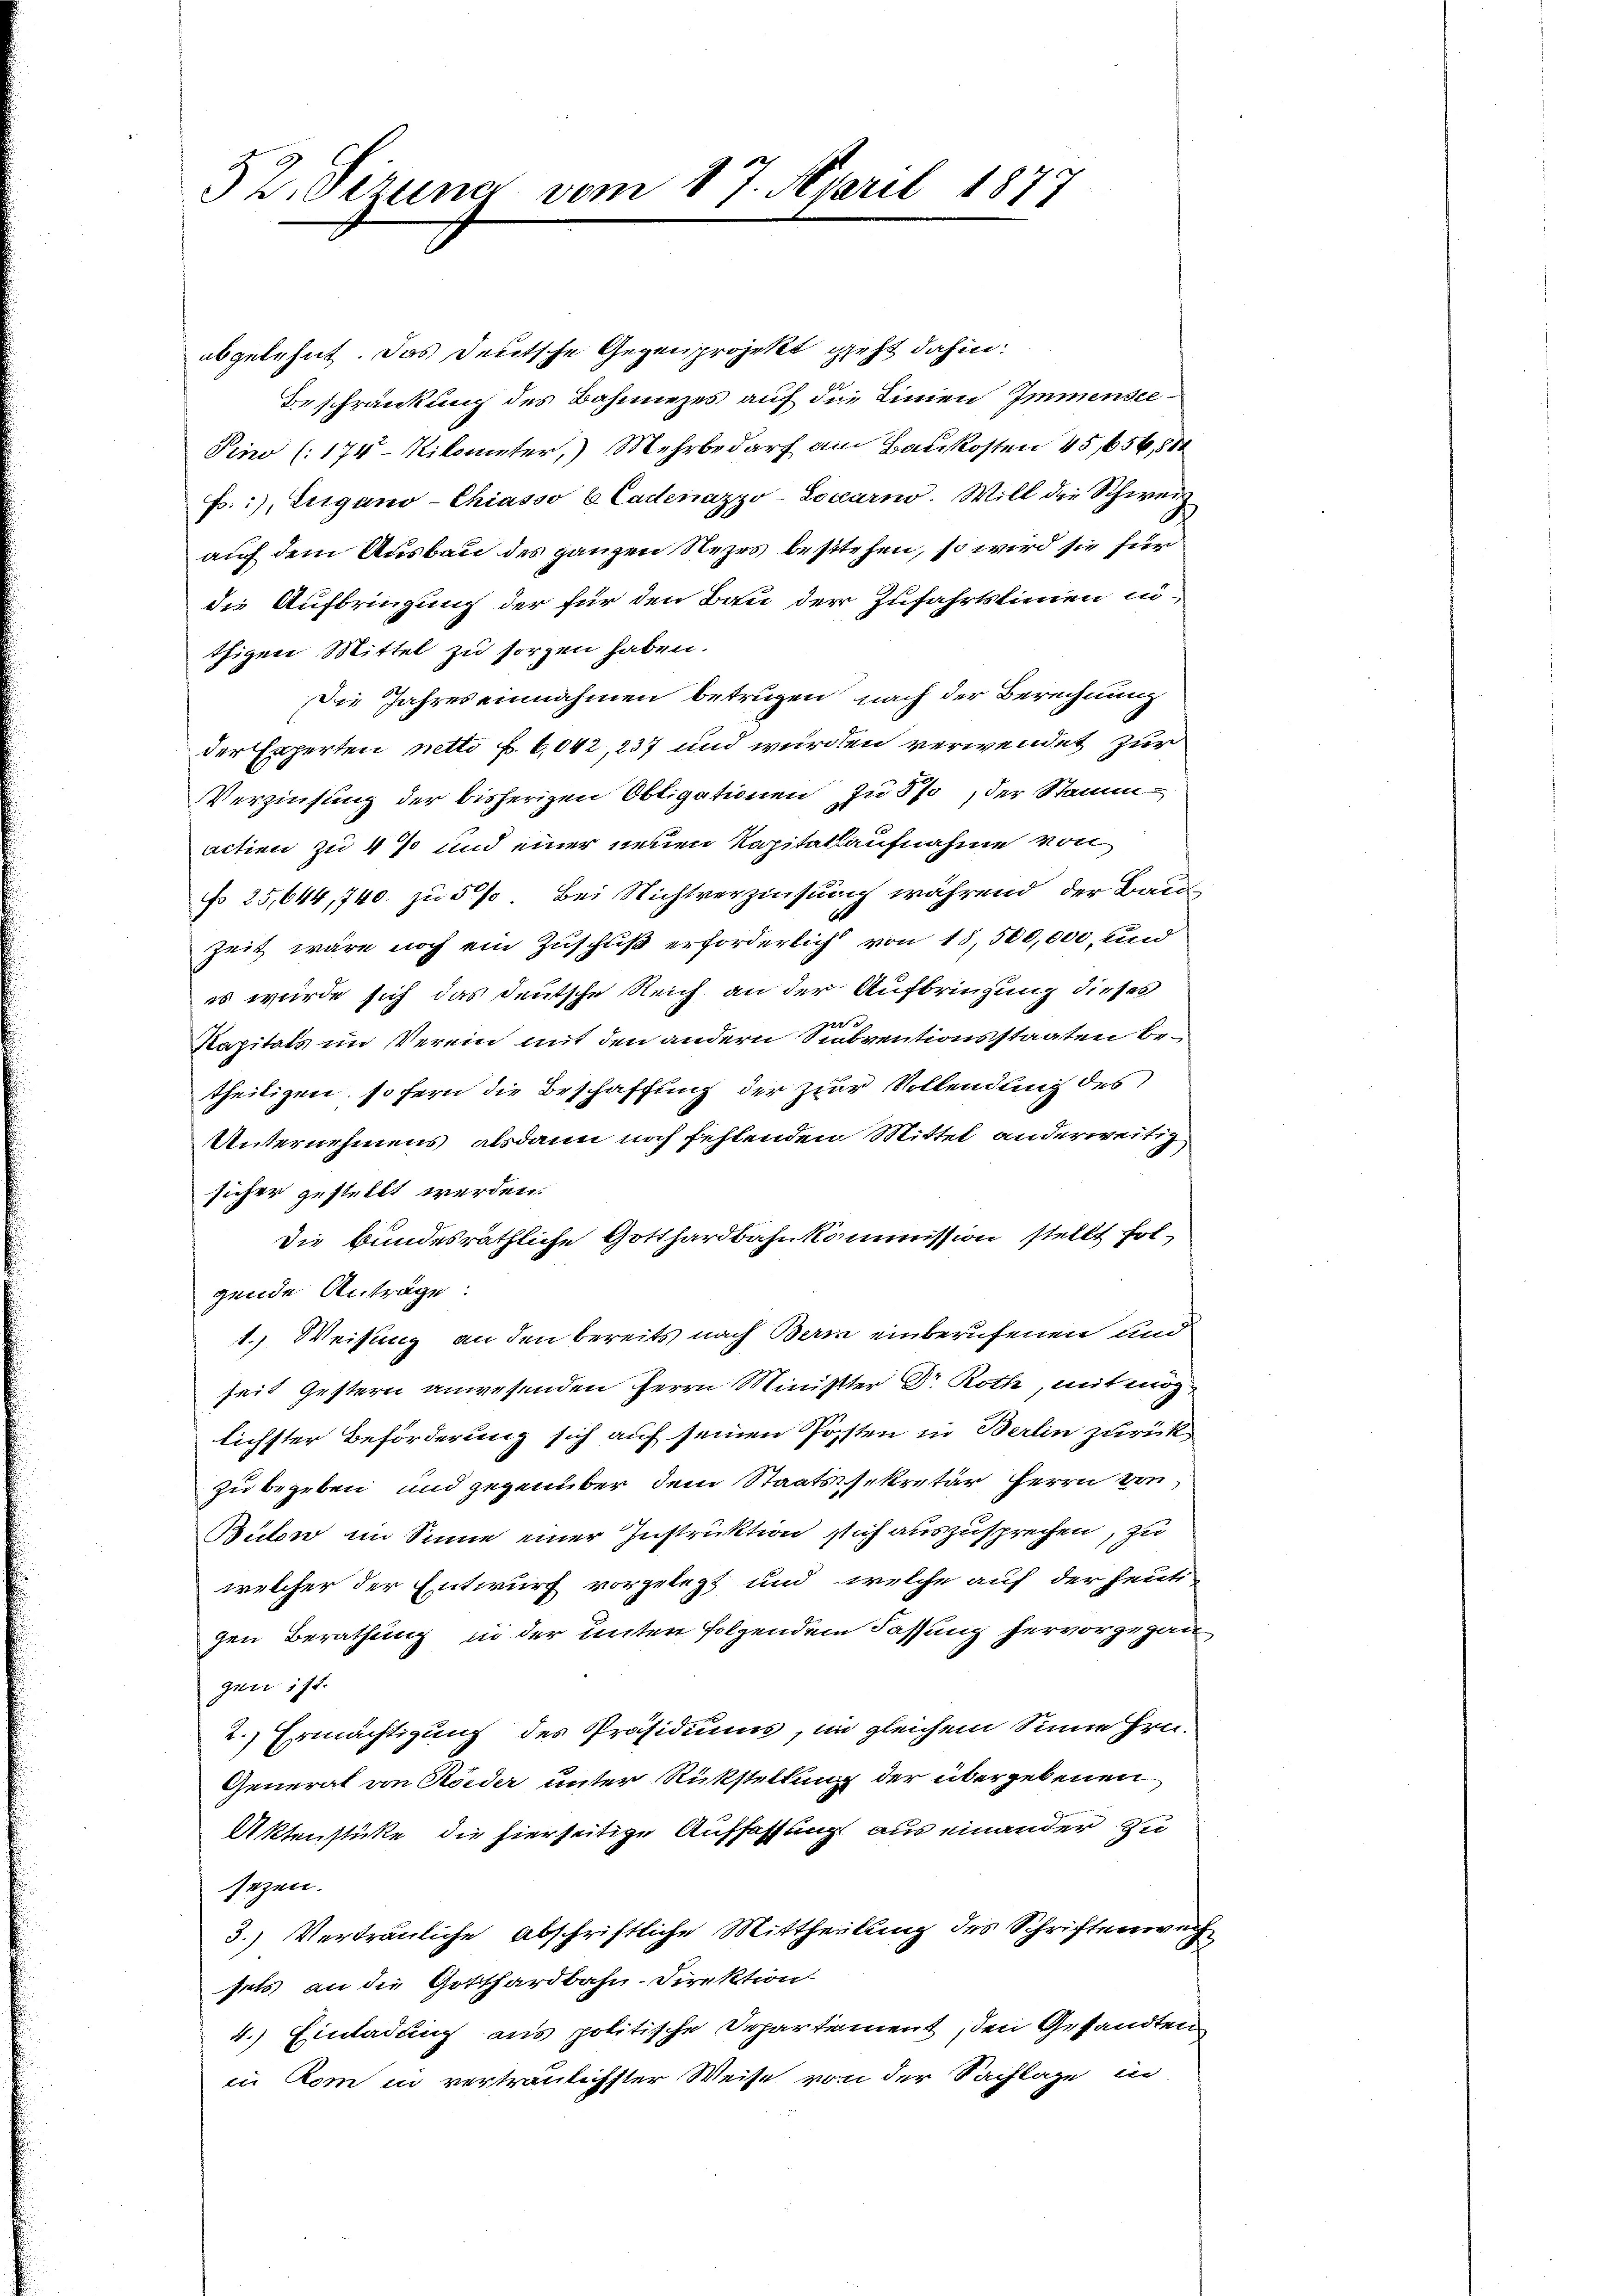
52. Sizung vom 17. April 1877

abgelehnt. Das Deutsche Gegenprojekt geht dahin:
Beschränkung des Bahnnezes auf die Linien Immensee¬
Pino (174- Kilometer, Mehrbedarf am Baukosten 45,656,88
F.), Eugano-Chiasso 6 Cadenazzo-Locarno. Will die Schweiz
auf dem Ausbau des ganzen Nezes bestehen, so wird sie für
die Aufbringung der für den Bau der Zufahrtslinien i
thigen Mittel zu sorgen haben.
Die Jahres einnahmen betrugen nach der Berechnung
der Experten netti f. 6042, 237 und wurden verwendet zur
Verzinsung der bisherigen Obligationen zu 5 % der Stammaction zu 4 % und einer neuen Kapitatsaufnahme von
fo 25,644, 740. zu 5%. Bei Nichtverzinsung während der Bau¬
Zeit wäre noch ein Zuschluß erforderlich von 18,500,000, und
es wurde sich das deutsche Reich an der Aufbringung dieses
22
Kapitals im Verein mit den andern Subventionsstaaten betheiligen, so fern die Beschaffung der zur Vollendung des
Unternehmens alsdann noch fehlenden Mittel anderweitig
sicher gestellt werden.
Die bundesräthliche Gotthardbahnkommission stellt folgende Anträge:
1.) Weisung an den bereits nach Bern einberufenen und
seit Gestern anwesenden Herrn Minister Dr. Roth, mit möglichster Beförderung sich auf seinen Posten in Berlin zurückzu begeben und gegenüber dem Staatssekretär Herrn von¬
Bulon im Sinne einer Instruktion sich auszusprechen, zu
welcher der Entwurf vorgelegt und welche auf der heuti-
gen Berathung in der unter folgendem Fassung hervorgegan
gen ist.
2.) Ermächtigung des Präsidiums, in gleichem Sinne hrn.
General von Könder unter Rückstellung der übergebenen
Aktenstüke die hierseitige Auffassung aus einander zu
sezen.
3.) Vertrauliche Abschriftliche Mittheilung des Schriftenwe
fets an die Gotthardbahn-Direktion
4.) Einladung aus politische Departement, den Gesandten
in Rom in vertraulichster Weise von der Sachlage in